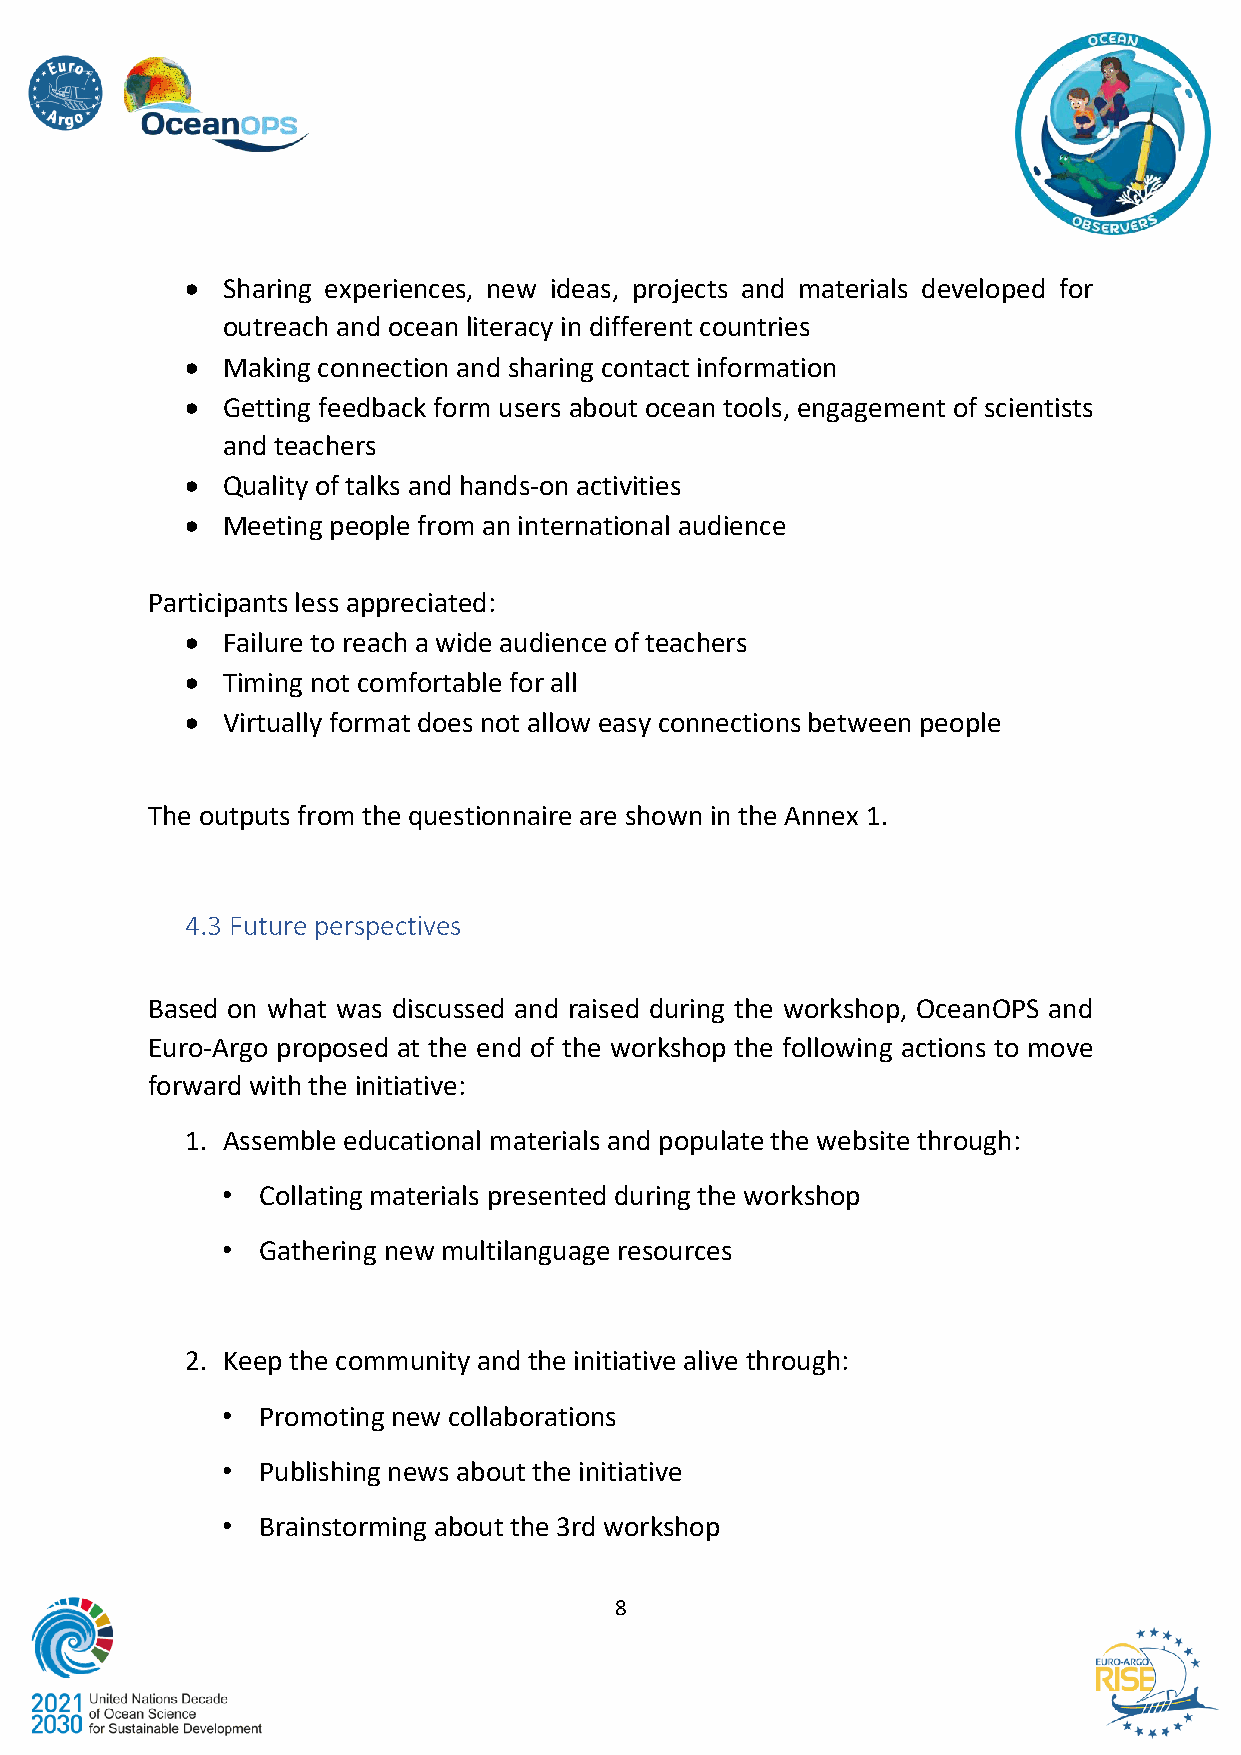
•  Sharing experiences, new ideas, projects and materials developed for
 outreach and ocean literacy in different countries
 •  Making connection and sharing contact information
 •  Getting feedback form users about ocean tools, engagement of scientists
 and teachers
 •  Quality of talks and hands-on activities
 •  Meeting people from an international audience
 Participants less appreciated:
 •  Failure to reach a wide audience of teachers
 •  Timing not comfortable for all
 •  Virtually format does not allow easy connections between people
 The outputs from the questionnaire are shown in the Annex 1.
 4.3 Future perspectives
 Based on what was discussed and raised during the workshop, OceanOPS and
 Euro-Argo proposed at the end of the workshop the following actions to move
 forward with the initiative:
 1. Assemble educational materials and populate the website through:
 • Collating materials presented during the workshop
 • Gathering new multilanguage resources
 2. Keep the community and the initiative alive through:
 • Promoting new collaborations
 • Publishing news about the initiative
 • Brainstorming about the 3rd workshop
 8